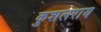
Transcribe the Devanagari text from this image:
कुशलराय